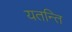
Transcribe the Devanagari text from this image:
यतन्ति